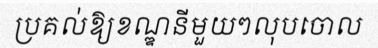
ប្រគល់ឱ្យខណ្ឌនីមួយៗលុបចោល